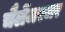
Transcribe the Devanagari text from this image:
चैलेंजरजर